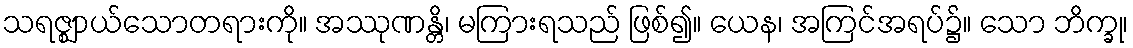
သရဇ္ဈာယ်သောတရားကို။ အဿုဏန္တိ၊ မကြားရသည် ဖြစ်၍။ ယေန၊ အကြင်အရပ်၌။ သော ဘိက္ခု၊